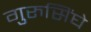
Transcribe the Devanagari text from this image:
गुरुसिंघे